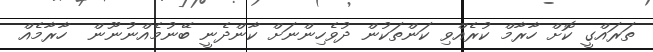
ތަރައްގީ ކޮށް ހާރާމް ކުރެއްވި ކަންތަކުން ދުވެހިންނަށް ކާންދެނީ ބޭނުމެއްނުނޫން  ހާރާމެއް